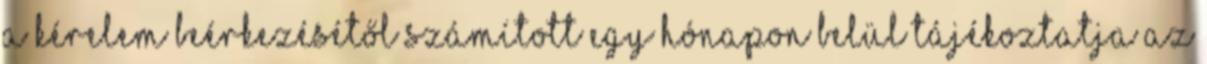
a kérelem beérkezésétől számított egy hónapon belül tájékoztatja az